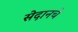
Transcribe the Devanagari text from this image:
सेदानचे